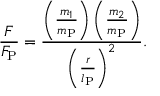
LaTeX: { \frac { F } { F _ { \mathrm { P } } } } = { \frac { \left( { \frac { m _ { 1 } } { m _ { \mathrm { P } } } } \right) \left( { \frac { m _ { 2 } } { m _ { \mathrm { P } } } } \right) } { \left( { \frac { r } { l _ { \mathrm { P } } } } \right) ^ { 2 } } } .